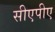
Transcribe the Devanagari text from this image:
सीएपीए